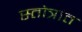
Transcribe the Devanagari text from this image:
स्तोत्रांत